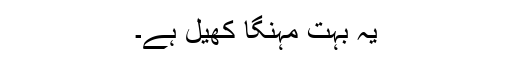
یہ بہت مہنگا کھیل ہے۔